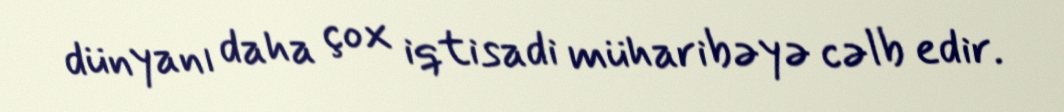
dünyanı daha çox iqtisadi müharibəyə cəlb edir.